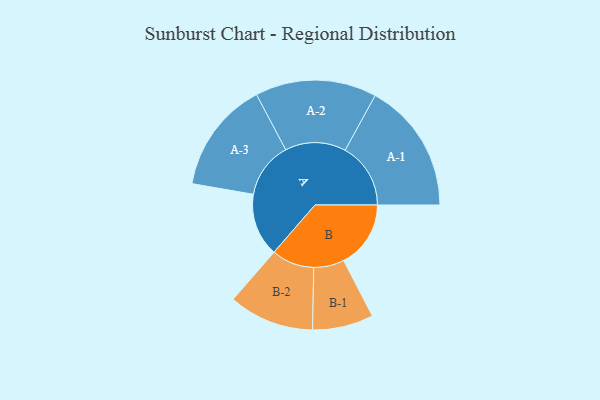
{"axis": {"x": "Segment", "y": "Value"}, "legend": ["", "A", "B"], "data": [{"x": "A", "y": 248, "type": ""}, {"x": "B", "y": 264, "type": ""}, {"x": "A-1", "y": 258, "type": "A"}, {"x": "A-2", "y": 239, "type": "A"}, {"x": "A-3", "y": 220, "type": "A"}, {"x": "B-1", "y": 120, "type": "B"}, {"x": "B-2", "y": 168, "type": "B"}]}